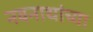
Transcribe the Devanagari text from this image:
नवनाथांच्या